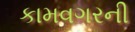
કામવગરની